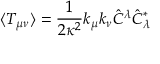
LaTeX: \langle T _ { \mu \nu } \rangle = \frac { 1 } { 2 \kappa ^ { 2 } } k _ { \mu } k _ { \nu } \hat { C } ^ { \lambda } \hat { C } _ { \lambda } ^ { * }